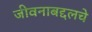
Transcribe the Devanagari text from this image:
जीवनाबद्दलचे